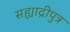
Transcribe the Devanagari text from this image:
सह्याद्रीपुत्र